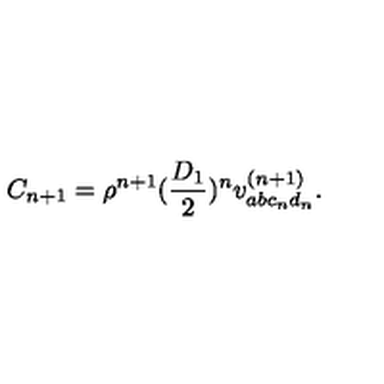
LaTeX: C _ { n + 1 } = \rho ^ { n + 1 } ( \frac { D _ { 1 } } { 2 } ) ^ { n } v _ { a b c _ { n } d _ { n } } ^ { ( n + 1 ) } .